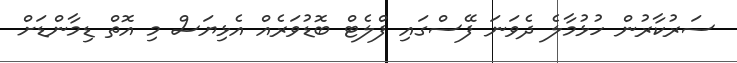
ސަރުކާރުން ހުޅުމާލެ ދެވަނަ ފޭސްގައި ފްލެޓް ބޮޑުވަރެއް އެޅިޔަސް މި އޮތް ޑިމާންޑަށް